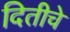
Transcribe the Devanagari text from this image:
दितीचे